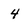
Character: 4